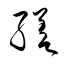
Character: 縒